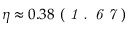
\eta \approx 0 . 3 8 \ ( \textit { 1 . 6 7 } )